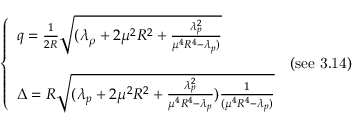
\left\{ \begin{array} { l l r } { { q = \frac { 1 } { 2 R } \sqrt { ( \lambda _ { \rho } + 2 \mu ^ { 2 } R ^ { 2 } + \frac { \lambda _ { p } ^ { 2 } } { \mu ^ { 4 } R ^ { 4 } - \lambda _ { p } ) } } } } & { { } } \\ { { } } & { { \mathrm { ( s e e ~ 3 . 1 4 ) } } } \\ { { \Delta = R \sqrt { ( \lambda _ { p } + 2 \mu ^ { 2 } R ^ { 2 } + \frac { \lambda _ { p } ^ { 2 } } { \mu ^ { 4 } R ^ { 4 } - \lambda _ { p } } ) \frac { 1 } { ( \mu ^ { 4 } R ^ { 4 } - \lambda _ { p } ) } } } } & { { } } \end{array} \right.